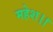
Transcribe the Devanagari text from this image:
महेश।।